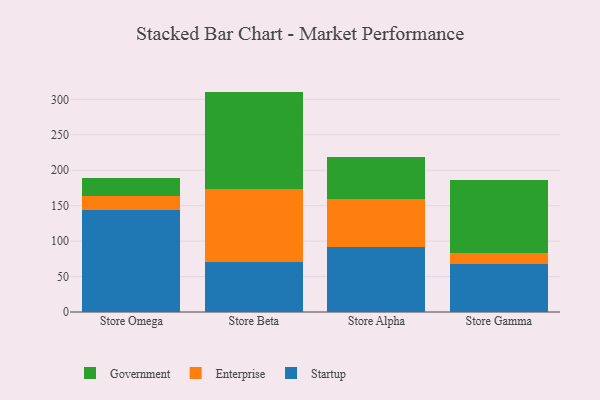
{"axis": {"x": "Store", "y": "Demand Index"}, "legend": ["Enterprise", "Government", "Startup"], "data": [{"x": "Store Omega", "y": 144.3, "type": "Startup"}, {"x": "Store Omega", "y": 19.0, "type": "Enterprise"}, {"x": "Store Omega", "y": 25.6, "type": "Government"}, {"x": "Store Beta", "y": 71.0, "type": "Startup"}, {"x": "Store Beta", "y": 103.2, "type": "Enterprise"}, {"x": "Store Beta", "y": 136.7, "type": "Government"}, {"x": "Store Alpha", "y": 92.0, "type": "Startup"}, {"x": "Store Alpha", "y": 66.8, "type": "Enterprise"}, {"x": "Store Alpha", "y": 59.4, "type": "Government"}, {"x": "Store Gamma", "y": 68.4, "type": "Startup"}, {"x": "Store Gamma", "y": 15.3, "type": "Enterprise"}, {"x": "Store Gamma", "y": 102.8, "type": "Government"}]}